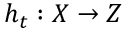
h _ { t } : X \to Z